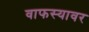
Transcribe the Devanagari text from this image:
वाफस्यावर